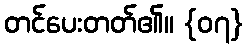
တင်ပေးတတ်၏။ {၀၇}